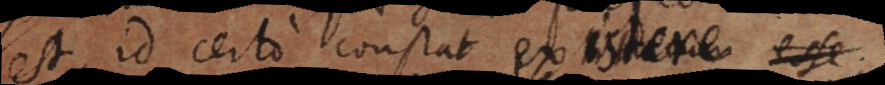
est, id certo constat extitu